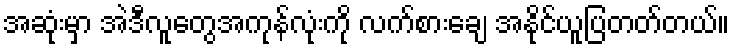
အဆုံးမှာ အဲဒီလူတွေအကုန်လုံးကို လက်စားချေ အနိုင်ယူပြတတ်တယ်။